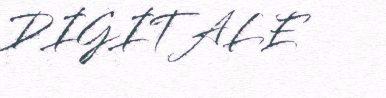
DIGITALE